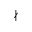
\nmid